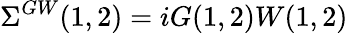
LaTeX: \Sigma^{GW}(1,2)=iG(1,2)W(1,2)